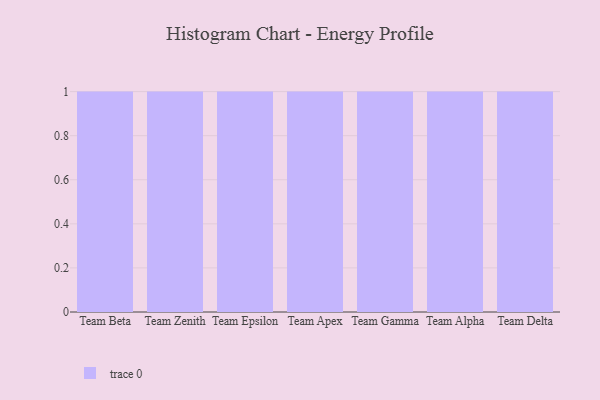
{"axis": {"x": "Team", "y": "Latency (ms)"}, "legend": [""], "data": [{"x": "Team Beta", "y": 12, "type": ""}, {"x": "Team Zenith", "y": 35, "type": ""}, {"x": "Team Epsilon", "y": 28, "type": ""}, {"x": "Team Apex", "y": 63, "type": ""}, {"x": "Team Gamma", "y": 46, "type": ""}, {"x": "Team Alpha", "y": 89, "type": ""}, {"x": "Team Delta", "y": 27, "type": ""}]}